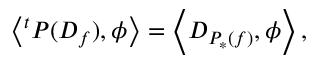
\left\langle { } ^ { t } P ( D _ { f } ) , \phi \right\rangle = \left\langle D _ { P _ { * } ( f ) } , \phi \right\rangle ,